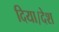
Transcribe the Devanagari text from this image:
दिया।देश